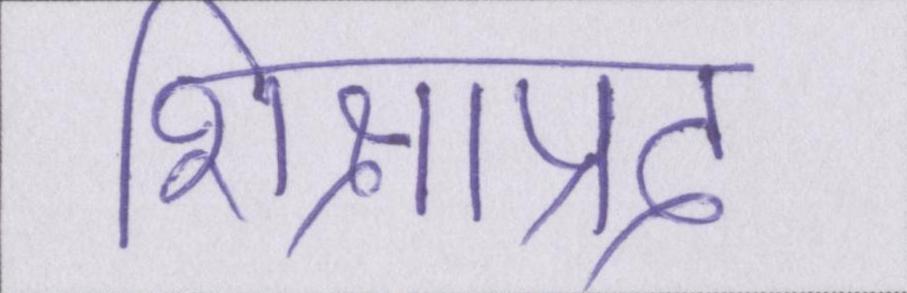
शिक्षाप्रद